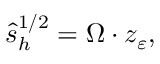
\hat { s } _ { h } ^ { 1 / 2 } = \Omega \cdot z _ { \varepsilon } ,